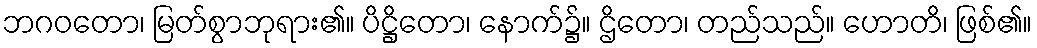
ဘဂဝတော၊ မြတ်စွာဘုရား၏။ ပိဋ္ဌိတော၊ နောက်၌။ ဌိတော၊ တည်သည်။ ဟောတိ၊ ဖြစ်၏။